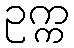
ဥက္က